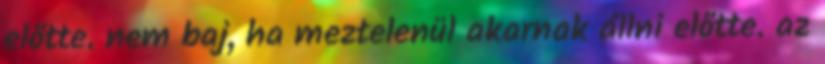
előtte. nem baj, ha meztelenül akarnak állni előtte. az